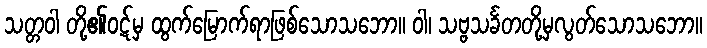
သတ္တဝါ တို့၏ဝဋ်မှ ထွက်မြောက်ရာဖြစ်သောသဘော။ ဝါ၊ သဗ္ဗသင်္ခတတို့မှလွတ်သောသဘော။